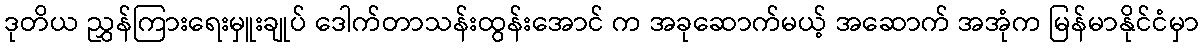
ဒုတိယ ညွှန်ကြားရေးမှူးချုပ် ဒေါက်တာသန်းထွန်းအောင် က အခုဆောက်မယ့် အဆောက် အအုံက မြန်မာနိုင်ငံမှာ